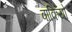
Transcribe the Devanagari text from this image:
वाकियो